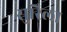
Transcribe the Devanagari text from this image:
सुरिला